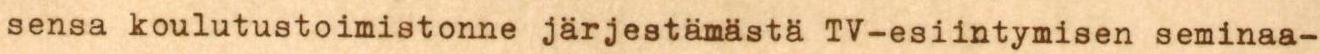
sensa koulutustoimistonne järjestämästä TV-esiintymisen seminaa-